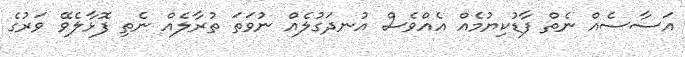
އަސާސެއް ނެތް ފާޑުކިޔުމެއް އެއްވެސް އުނދަގުލެއް ނުވަތަ ތުރާލެއް ނެތި ފޮޅާލެވޭ ވަރުގެ